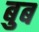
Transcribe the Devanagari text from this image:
बुब